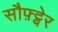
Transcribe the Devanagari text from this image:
सौफ़्ट्वेर